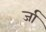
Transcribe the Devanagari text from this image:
र्जा